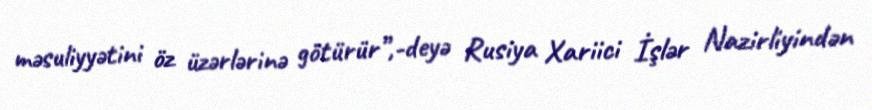
məsuliyyətini öz üzərlərinə götürür”,-deyə Rusiya Xariici İşlər Nazirliyindən